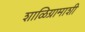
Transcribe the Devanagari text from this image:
शाळिग्रामाशी